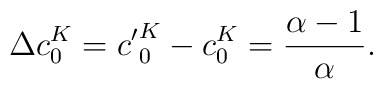
\Delta c_{0}^{K} = {c'}_{0}^{K}- c_{0}^{K} = \frac{ \alpha - 1}{\alpha}.